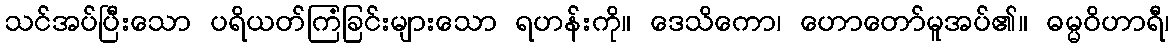
သင်အပ်ပြီးသော ပရိယတ်ကြံခြင်းများသော ရဟန်းကို။ ဒေသိကော၊ ဟောတော်မူအပ်၏။ ဓမ္မဝိဟာရီ၊